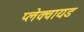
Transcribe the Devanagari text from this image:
प्लेक्वायड